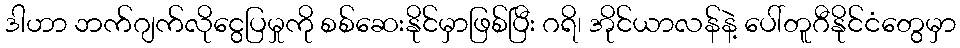
ဒါဟာ ဘက်ဂျက်လိုငွေပြမှုကို စစ်ဆေးနိုင်မှာဖြစ်ပြီး ဂရိ၊ အိုင်ယာလန်နဲ့ ပေါ်တူဂီနိုင်ငံတွေမှာ